Vabadussoja_Ajaloo_Komitee, lk 6
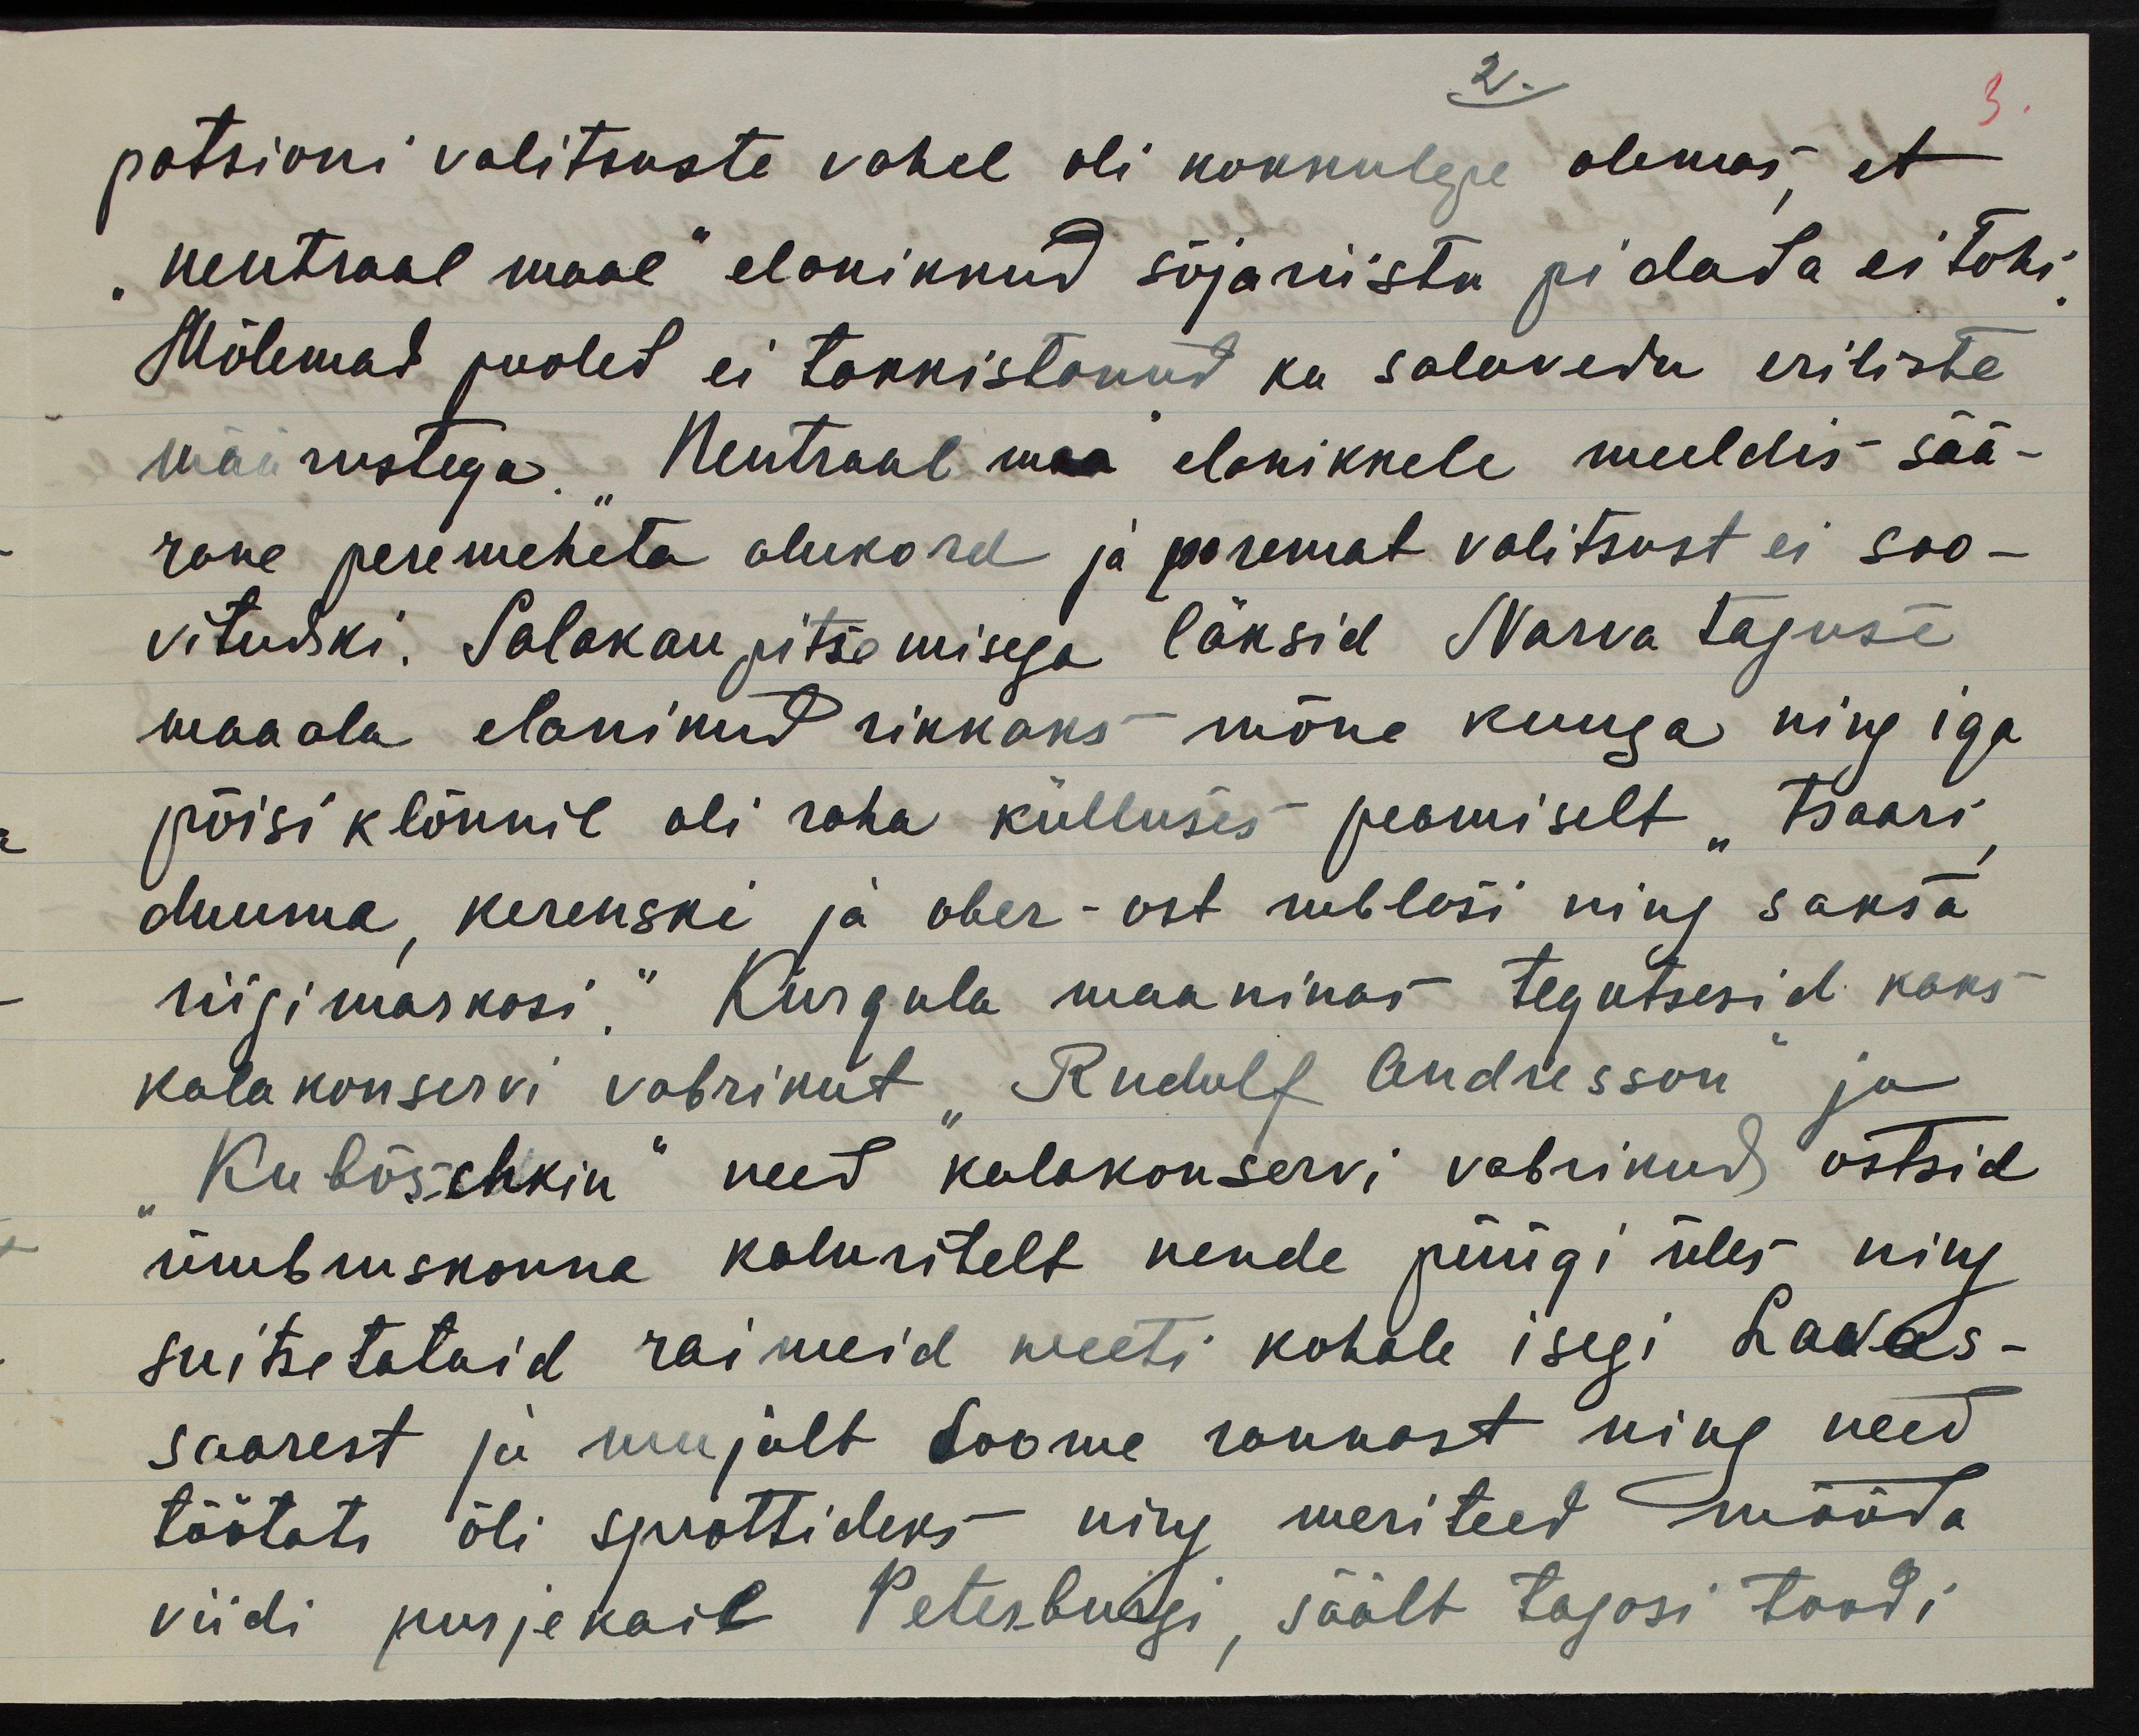
patsioni valitsuste vahel oli kokkulepe olemas, et
"neutraal maal" elanikkud sõjariistu pidada ei tohi.
Mõlemad puoled ei tunnistanud ka salavedu eriliste
määrustega. "Neutraal maa" elanikkele meeldis sää-
rane peremeheta olukord ja paremat valitsust ei soo-
vitudki. Salakaupitsemisega läksid Narva taguse
maaala elanikud rikkaks mõne kuuga ning iga
põisi klõnnil oli raha külluses peamiselt "tsaari,
duuma, kerenski ja ober-ost rublasi ning saksa
riigimarkasi." Kurgola maaninas tegutsesid kaks
kalakonservi vabrikut "Rudolf Andresson ja
"Kubõschkin" need kalakonservi vabrikud ostsid
ümbruskonna kaluritelt nende püügi üles ning
suitsetatuid raimeid weeti kohale isegi Lavas-
saarest ja mujalt Soome rannast ning need
töötati õli sprottideks ning meriteed mööda
viidi purjekail Peterburgi, säält tagasi toodi